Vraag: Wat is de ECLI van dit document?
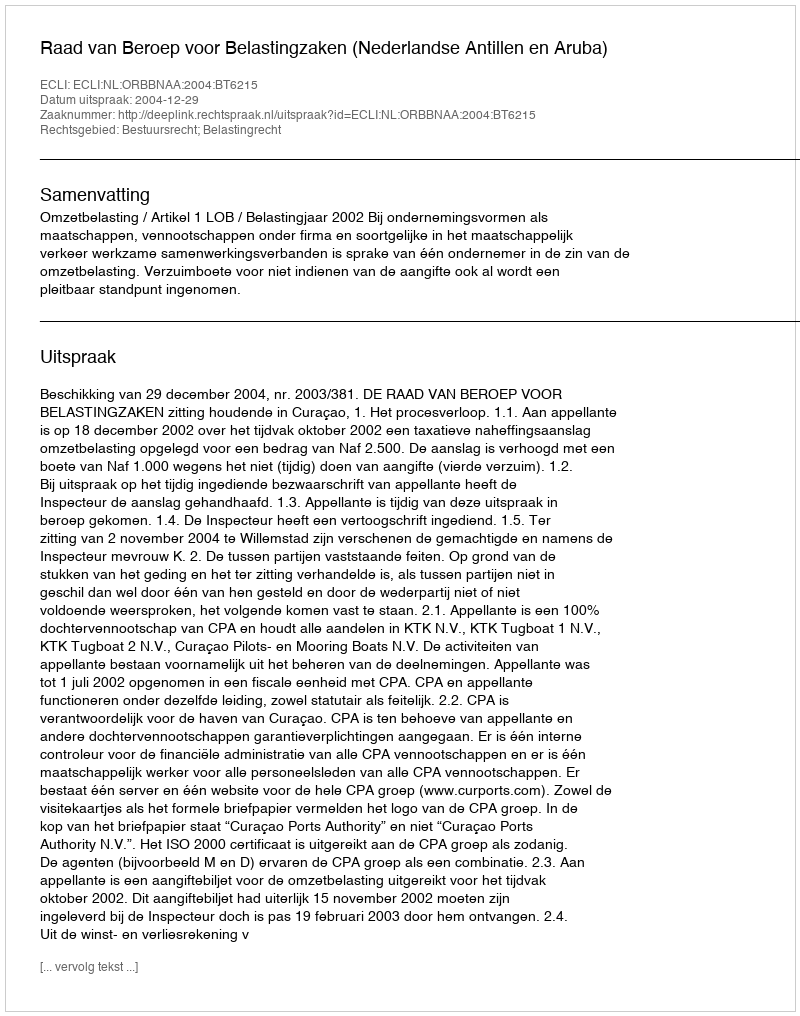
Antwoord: ECLI:NL:ORBBNAA:2004:BT6215